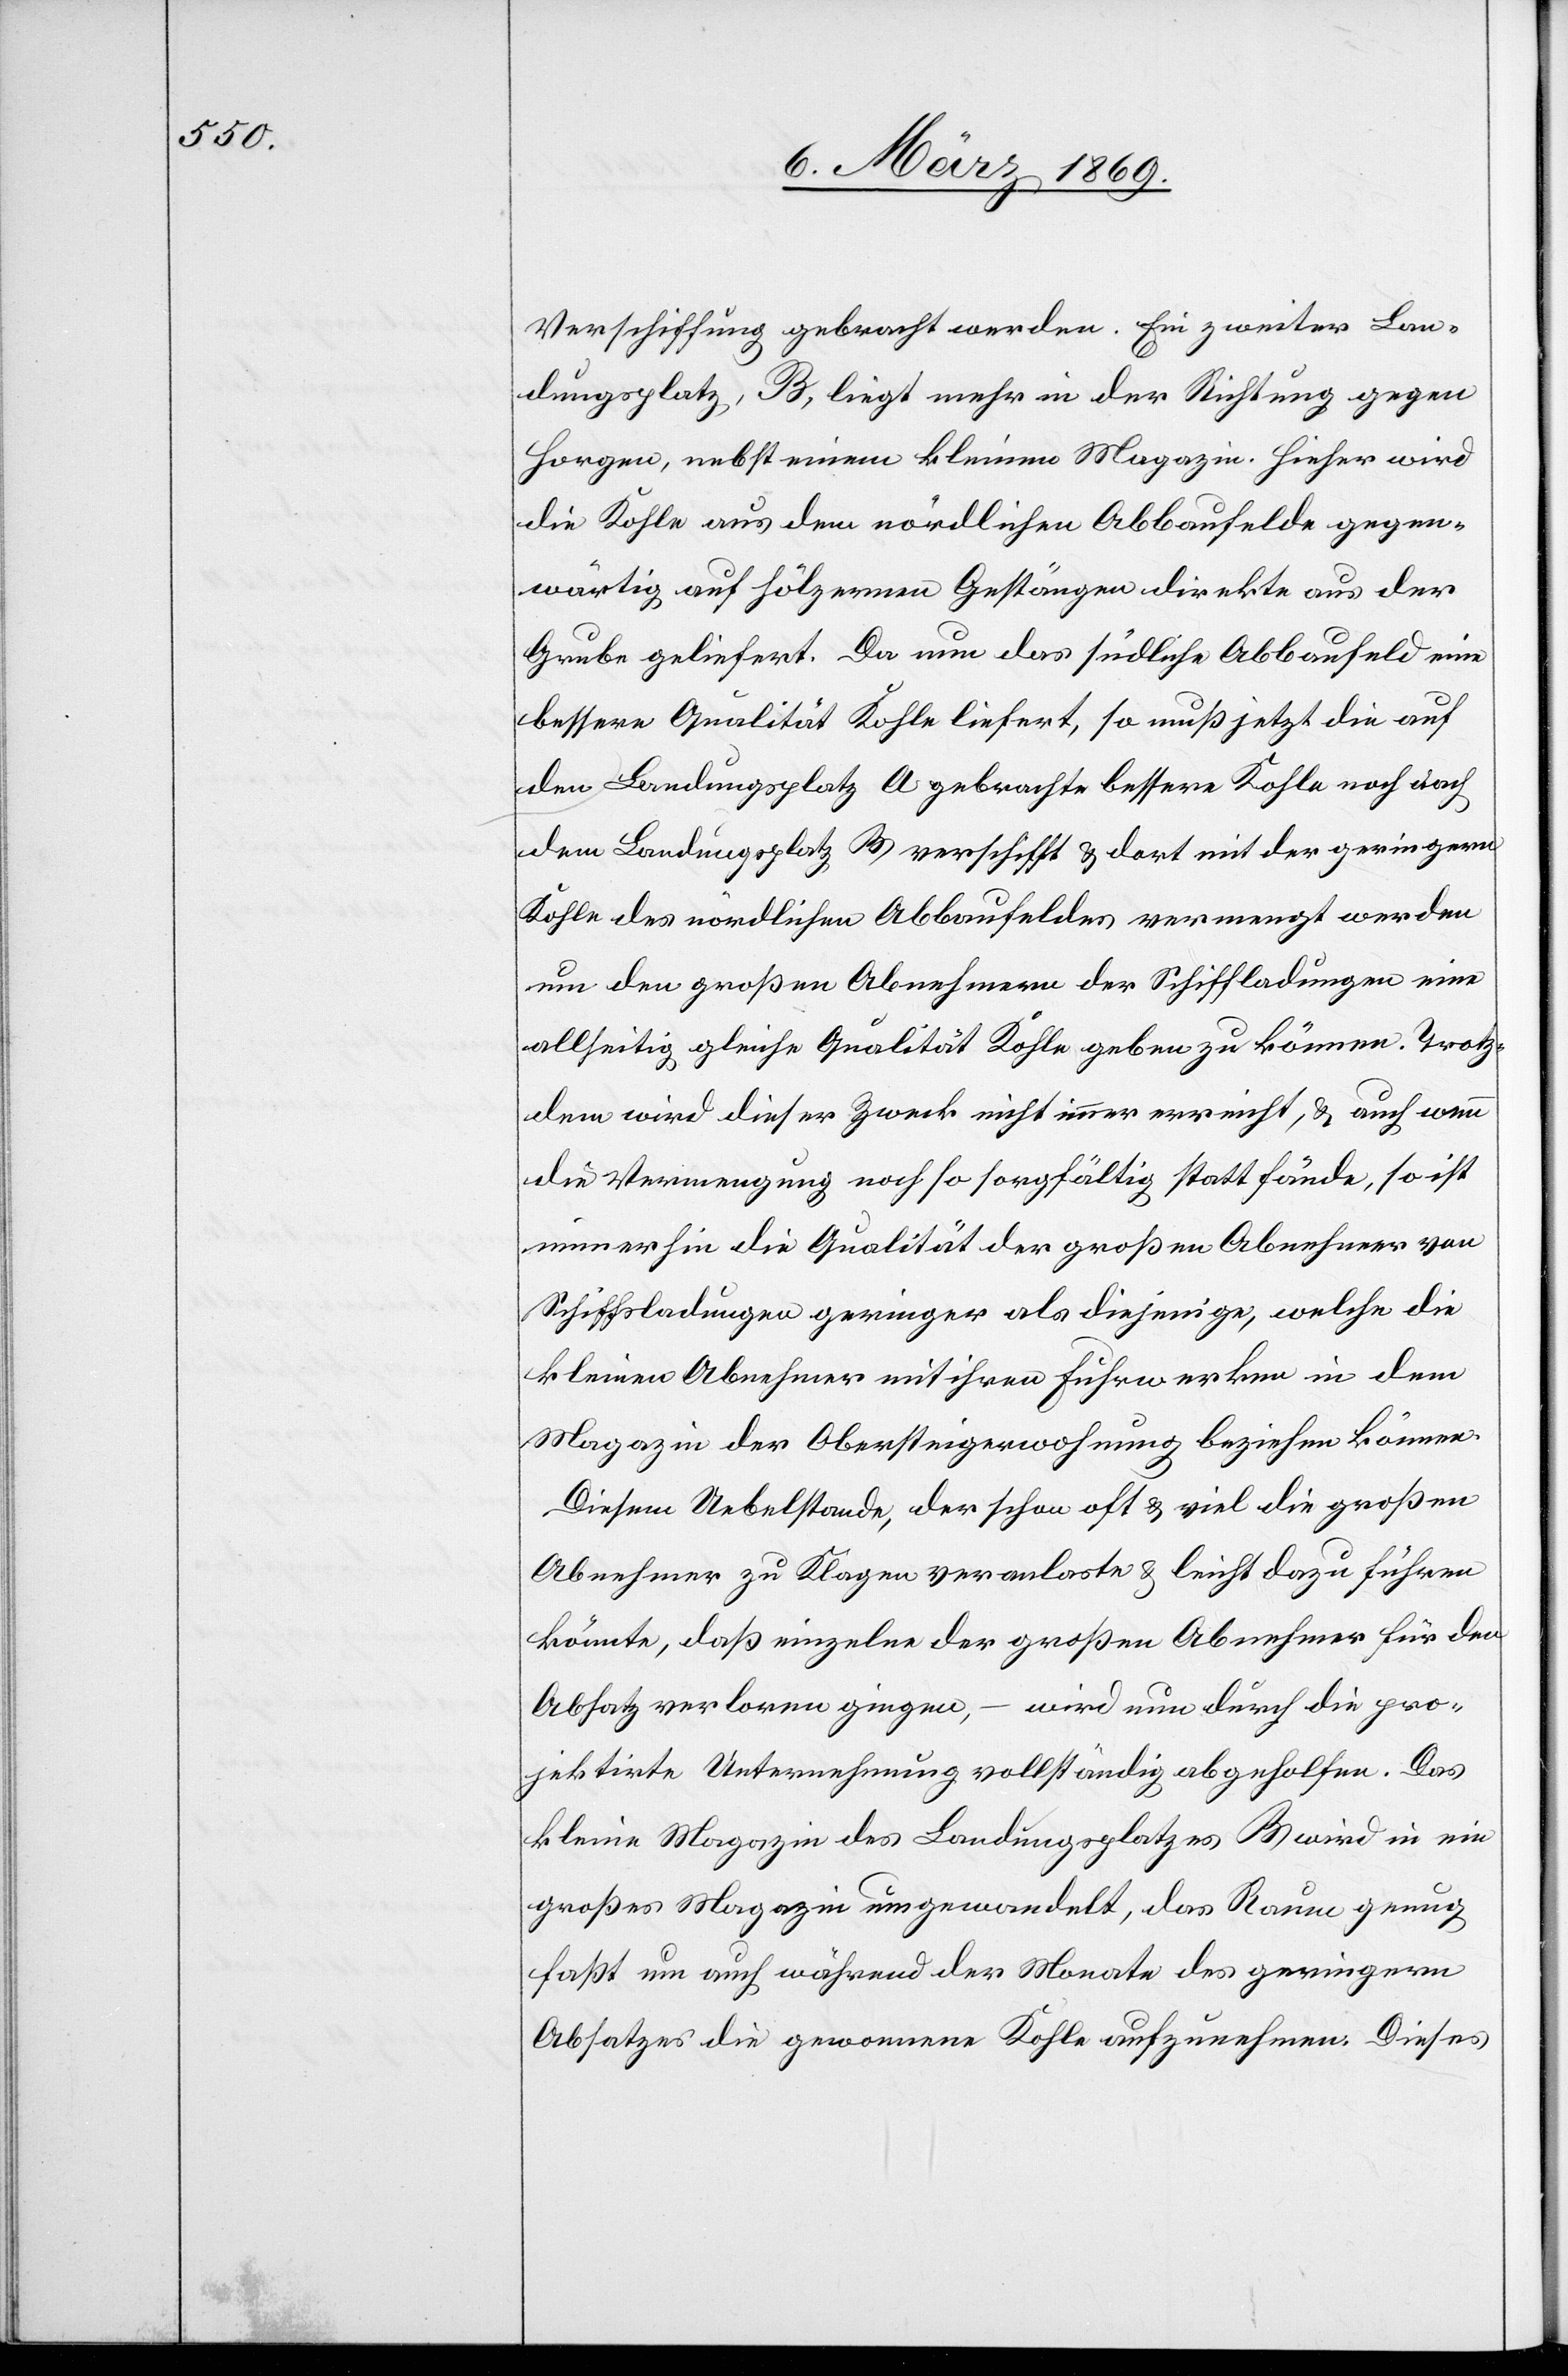
Verschiffung gebracht werden. Ein zweiter Lan¬
dungsplatz, B, liegt mehr in der Richtung gegen
Horgen, nebst einem kleinen Magazin. Hieher wird
die Kohle aus dem nördlichen Abbaufelde gegen¬
wärtig auf hölzernen Gestängen direkte aus der
Grube geliefert. Da nun das südliche Abbaufeld eine
bessere Qualität Kohle liefert, so muß jetzt die auf
den Landungsplatz A gebrachte bessere Kohle noch nach
dem Landungsplatz B verschifft & dort mit der geringern
Kohle des nördlichen Abbaufeldes vermengt werden
um den großen Abnehmern der Schiffladungen eine
allseitig gleiche Qualität Kohle geben zu können. Trotz¬
dem wird dieser Zweck nicht immer erreicht, & auch wenn
die Vermengung noch so sorgfältig statt fände, so ist
immerhin die Qualität der großen Abnehmer von
Schiffsladungen geringer als diejenige, welche die
kleinen Abnehmer mit ihren Fuhrwerken in dem
Magazin der Obersteigerwohnung beziehen können.
Diesem Uebelstande, der schon oft & viel die großen
Abnehmer zu Klagen veranlas[s]te & leicht dazu führen
könnte, daß einzelne der großen Abnehmer für den
Absatz verloren gingen, – wird nun durch die pro¬
jektirte Unternehmung vollständig abgeholfen. Das
kleine Magazin des Landungsplatzes B wird in ein
großes Magazin umgewandelt, das Raum genug
faßt um auch während der Monate des geringern
Absatzes die gewonnene Kohle aufzunehmen. Dieses